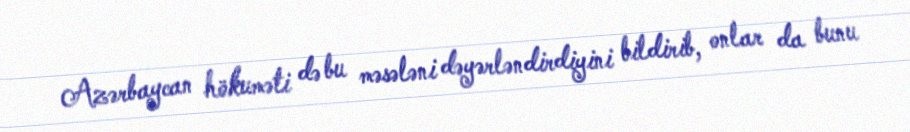
Azərbaycan hökuməti də bu məsələni dəyərləndirdiyini bildirib, onlar da bunu